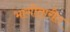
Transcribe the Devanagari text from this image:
भागीतारीत